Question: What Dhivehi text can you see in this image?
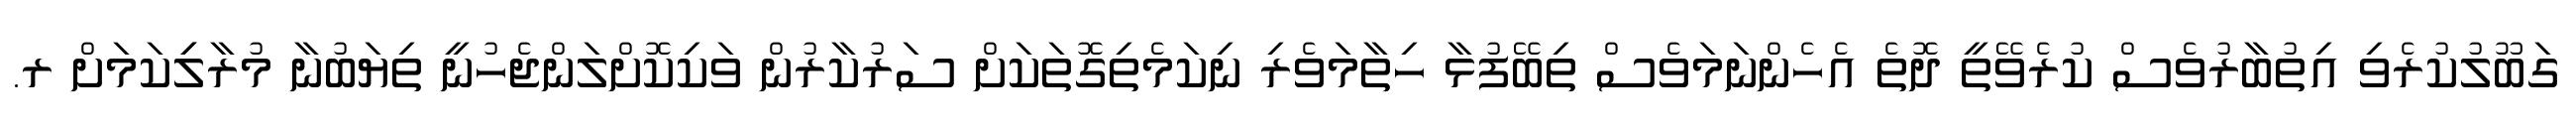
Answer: ގަބޫލުކުރެވި އިތުބާރުވެސް ކުރެވޭތީ ދޮތެ އެހެންނަމަވެސް ތިބޭފުޅާ ހިތާމަވެރި ނިކަމެތިގޮތަކަށް ސަރުކާރުން ވަކިކޮށްލަންޖެހުނީ ތިޔަބުނާ މުރާލިިކަމަށް ރ.